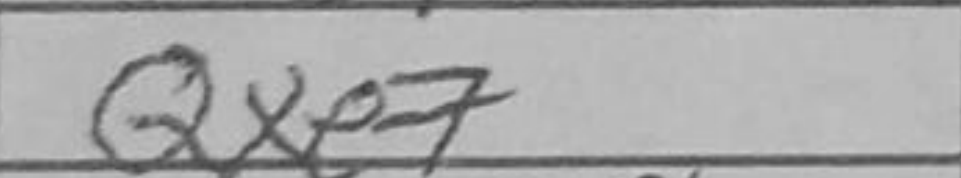
Transcription: Nf8